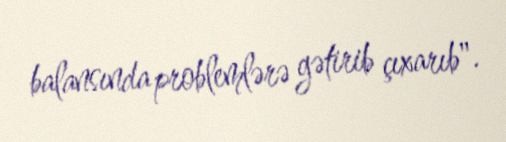
balansında problemlərə gətirib çıxarıb".